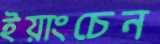
ইয়াংচেন